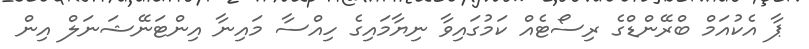
ޕާ އެކުއަމް ބްރޭންޑްގެ ރިސޯޓެއް ކަމުގައިވާ ނިޔާމައިގެ ހިއްސާ މައިނާ އިންޓަނޭޝަނަލް އިން